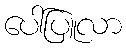
ပေါ်ပြူလာ